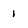
Character: 1